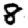
Digit: 8